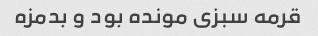
قرمه سبزی مونده بود و بدمزه